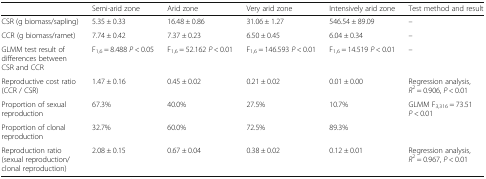
<table><thead><tr><td></td><td><b>Semi-arid zone</b></td><td><b>Arid zone</b></td><td><b>Very arid zone</b></td><td><b>Intensively arid zone</b></td><td><b>Test method and result</b></td></tr></thead><tbody><tr><td>CSR (g biomass/sapling)</td><td>5.35 ± 0.33</td><td>16.48 ± 0.86</td><td>31.06 ± 1.27</td><td>546.54 ± 89.09</td><td>–</td></tr><tr><td>CCR (g biomass/ramet)</td><td>7.74 ± 0.42</td><td>7.37 ± 0.23</td><td>6.50 ± 0.45</td><td>6.04 ± 0.34</td><td>–</td></tr><tr><td>GLMM test result of differences between CSR and CCR</td><td>F<sub>1,6</sub> = 8.488 <i>P</i> &lt; 0.05</td><td>F<sub>1,6</sub> = 52.162 <i>P</i> &lt; 0.01</td><td>F<sub>1,6</sub> = 146.593 <i>P</i> &lt; 0.01</td><td>F<sub>1,6</sub> = 14.519 <i>P</i> &lt; 0.01</td><td>–</td></tr><tr><td>Reproductive cost ratio (CCR / CSR)</td><td>1.47 ± 0.16</td><td>0.45 ± 0.02</td><td>0.21 ± 0.02</td><td>0.01 ± 0.00</td><td>Regression analysis, <i>R</i><sup>2</sup> = 0.906, <i>P</i> &lt; 0.01</td></tr><tr><td>Proportion of sexual reproduction</td><td>67.3%</td><td>40.0%</td><td>27.5%</td><td>10.7%</td><td rowspan="2">GLMM F<sub>3,316</sub> = 73.51 <i>P</i> &lt; 0.01</td></tr><tr><td>Proportion of clonal reproduction</td><td>32.7%</td><td>60.0%</td><td>72.5%</td><td>89.3%</td></tr><tr><td>Reproduction ratio (sexual reproduction/ clonal reproduction)</td><td>2.08 ± 0.15</td><td>0.67 ± 0.04</td><td>0.38 ± 0.02</td><td>0.12 ± 0.01</td><td>Regression analysis, <i>R</i><sup>2</sup> = 0.967, <i>P</i> &lt; 0.01</td></tr></tbody></table>